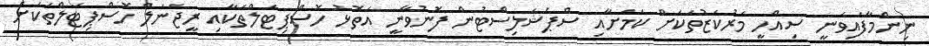
ނިންމާފައިވަނީ ސިއްހީ މަރުކަޒުތަކަށް ކަމަށާއި ސްޕެޝަލިސްޓުން ފޮނުވާނީ އަތޮޅު ހޮސްޕިޓަލްތަކާއި ރީޖަނަލް ހޮސްޕިޓަލްތަކަށް